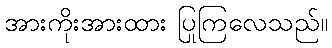
အားကိုးအားထား ပြုကြလေသည်။